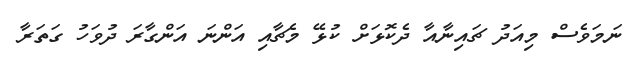
ނަމަވެސް މިއަދު ޗައިނާއާ ދެކޮޅަށް ކުޅޭ މެޗާއި އަންނަ އަންގާރަ ދުވަހު ގަތަރާ